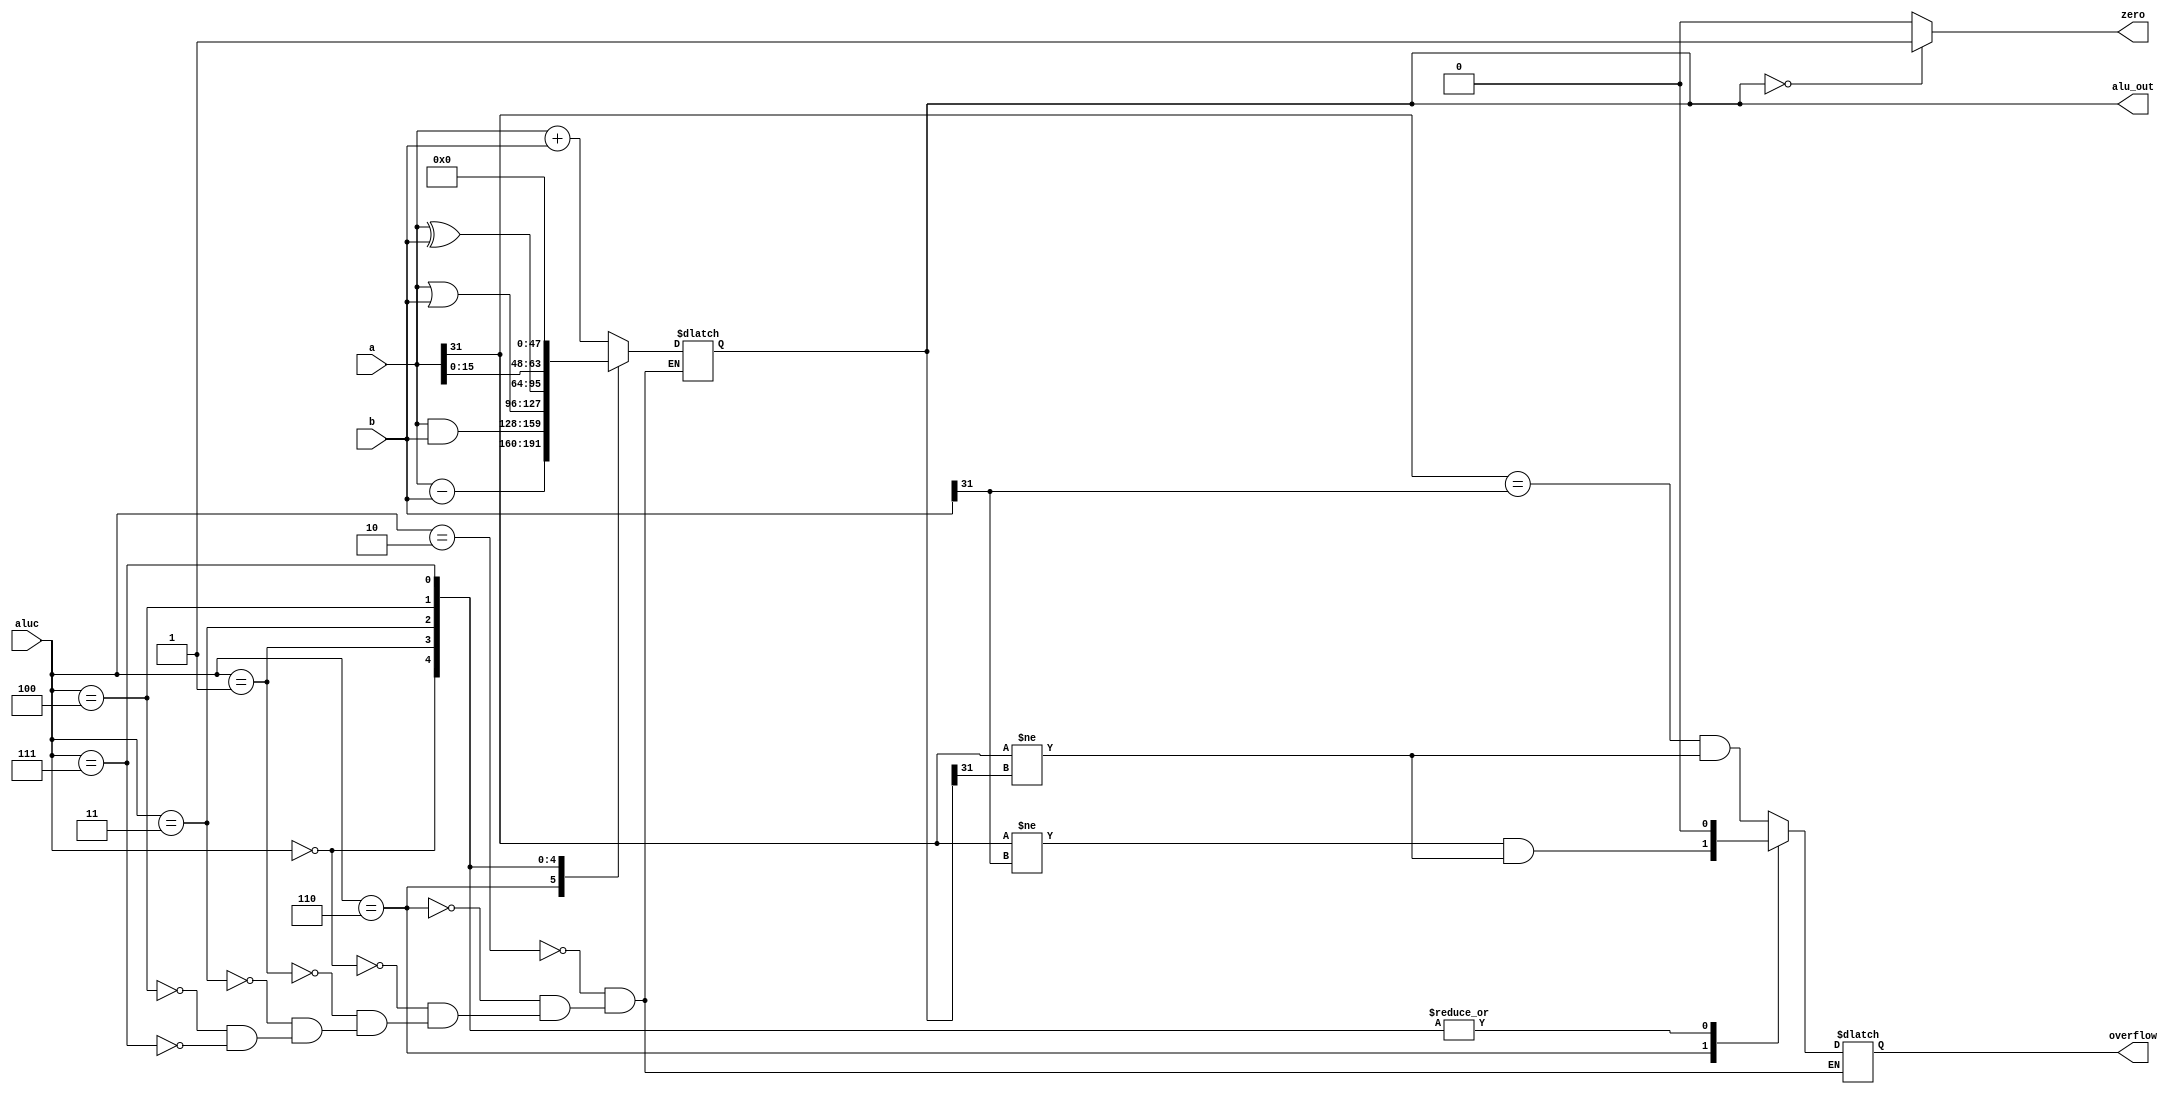
`timescale 1ns / 1ps
//Arithmetic and Logic Unit
module ALU(a,b,aluc,alu_out,zero,overflow);
input [31:0] a,b;
input [2:0] aluc;
output [31:0] alu_out;
output zero,overflow;

reg [31:0] alu_out=0;
reg zero=0,overflow=0;

always @ (a or b or aluc or alu_out)
begin
case(aluc)
3'b010:
begin
alu_out<=a+b;
overflow<=((a[31]==b[31])&&(a[31]!=alu_out[31]));
end
3'b110:
begin
alu_out<=a-b;
overflow<=((a[31]!=b[31])&&(a[31]!=alu_out[31]));
end
3'b000:
begin
alu_out<=a&b;
overflow<=0;
end
3'b001:
begin
alu_out<=a|b;
overflow<=0;
end
3'b011:
begin
alu_out<=a^b;
overflow<=0;
end
3'b100:
begin
alu_out<=a<<5'h10;
overflow<=0;
end
3'b111:
begin
alu_out<=0;
overflow<=0;
end
endcase

if(alu_out==32'h00000000)
zero<=1;
else
zero<=0;
end

endmodule